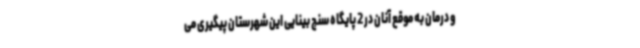
و درمان به موقع آنان در 2 پایگاه سنج بینایی این شهرستان پیگیری می